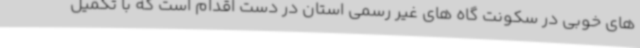
های خوبی در سکونت گاه های غیر رسمی استان در دست اقدام است که با تکمیل